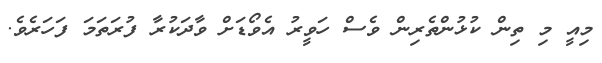
މިއީ މި ތިން ކުޅުންތެރިން ވެސް ހަވީރު އެވޯޑަށް ވާދަކުރާ ފުރަތަމަ ފަހަރެވެ.